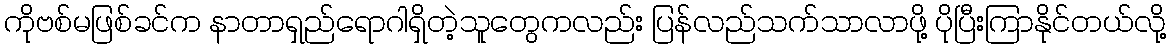
ကိုဗစ်မဖြစ်ခင်က နာတာရှည်ရောဂါရှိတဲ့သူတွေကလည်း ပြန်လည်သက်သာလာဖို့ ပိုပြီးကြာနိုင်တယ်လို့